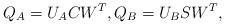
LaTeX: \begin{align*}Q_A = U_A C W^T,Q_B = U_B S W^T,\end{align*}